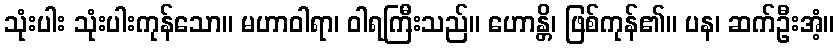
သုံးပါး သုံးပါးကုန်သော။ မဟာဝါရာ၊ ဝါရကြီးသည်။ ဟောန္တိ၊ ဖြစ်ကုန်၏။ ပန၊ ဆက်ဦးအံ့။